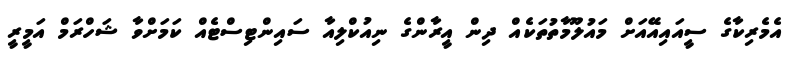
އެމެރިކާގެ ސީއައިއޭއަށް މައުލޫމާތުތަކެއް ދިން އީރާންގެ ނިއުކްލިއާ ސައިންޓިސްޓެއް ކަމަށްވާ ޝަހްރަމް އަމީރީ